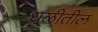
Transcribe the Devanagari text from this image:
धुळीतील